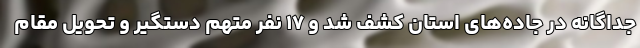
جداگانه در جاده‌های استان کشف شد و ۱۷ نفر متهم دستگیر و تحویل مقام